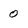
Character: 0